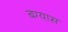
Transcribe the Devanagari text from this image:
बग्यास